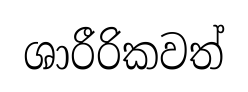
ශාරීරිකවත්